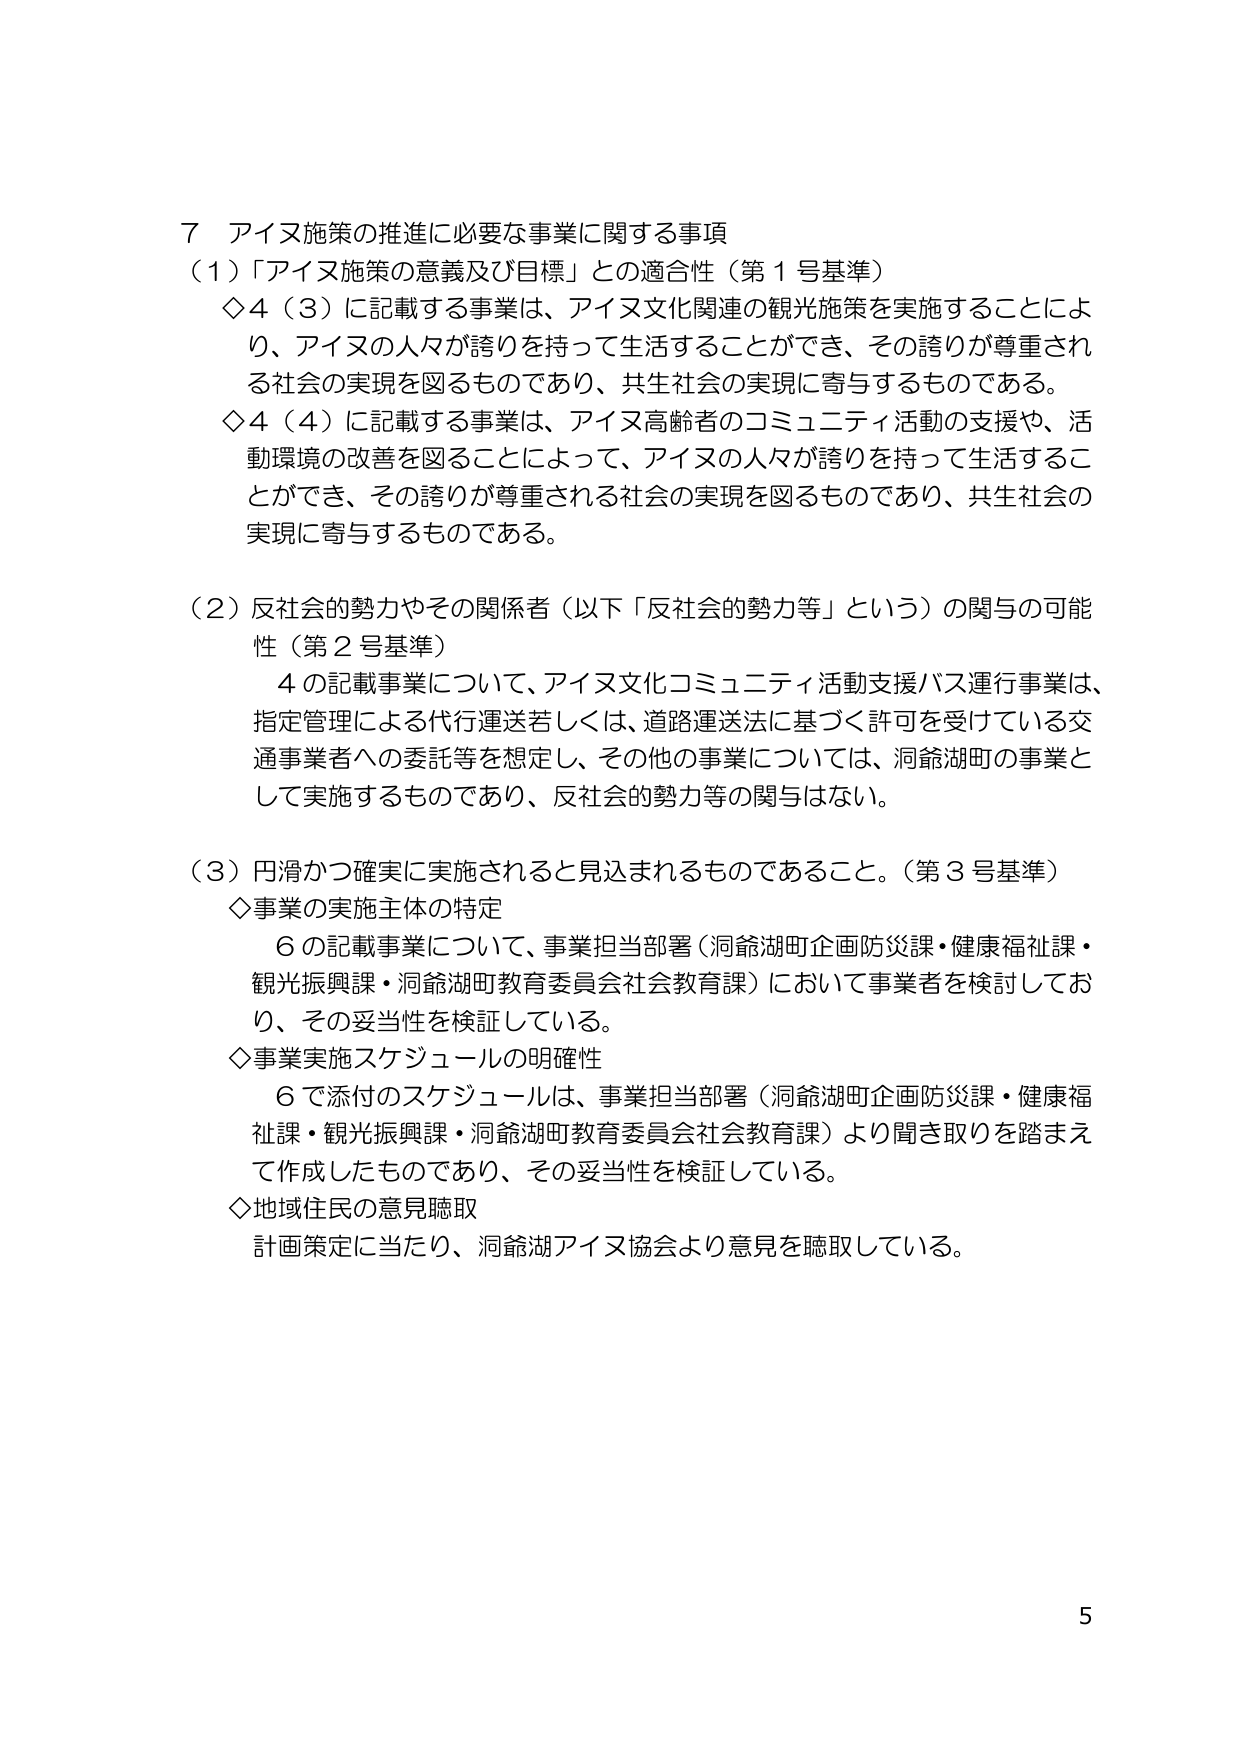
７ アイヌ施策の推進に必要な事業に関する事項
（１）「アイヌ施策の意義及び目標」との適合性（第１号基準）
◇４（３）に記載する事業は、アイヌ文化関連の観光施策を実施することにより、アイヌの人々が誇りを持って生活することができ、その誇りが尊重される社会の実現を図るものであり、共生社会の実現に寄与するものである。
◇４（４）に記載する事業は、アイヌ高齢者のコミュニティ活動の支援や、活動環境の改善を図ることによって、アイヌの人々が誇りを持って生活することができ、その誇りが尊重される社会の実現を図るものであり、共生社会の実現に寄与するものである。

（２）反社会的勢力やその関係者（以下「反社会的勢力等」という）の関与の可能性（第２号基準）
　４の記載事業について、アイヌ文化コミュニティ活動支援バス運行事業は、指定管理による代行運送若しくは、道路運送法に基づく許可を受けている交通事業者への委託等を想定し、その他の事業については、洞爺湖町の事業として実施するものであり、反社会的勢力等の関与はない。

（３）円滑かつ確実に実施されると見込まれるものであること。（第３号基準）
◇事業の実施主体の特定
　６の記載事業について、事業担当部署（洞爺湖町企画防災課・健康福祉課・観光振興課・洞爺湖町教育委員会社会教育課）において事業者を検討しており、その妥当性を検証している。
◇事業実施スケジュールの明確性
　６で添付のスケジュールは、事業担当部署（洞爺湖町企画防災課・健康福祉課・観光振興課・洞爺湖町教育委員会社会教育課）より聞き取りを踏まえて作成したものであり、その妥当性を検証している。
◇地域住民の意見聴取
　計画策定に当たり、洞爺湖アイヌ協会より意見を聴取している。

5